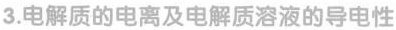
3.电解质的电离及电解质溶液的导电性